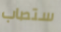
ستصاب